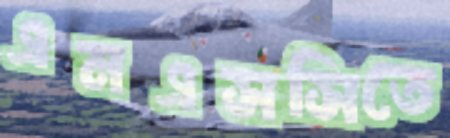
এমএসসিতে